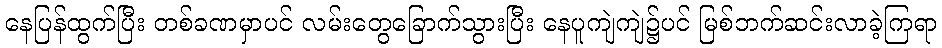
နေပြန်ထွက်ပြီး တစ်ခဏမှာပင် လမ်းတွေခြောက်သွားပြီး နေပူကျဲကျဲ၌ပင် မြစ်ဘက်ဆင်းလာခဲ့ကြရာ